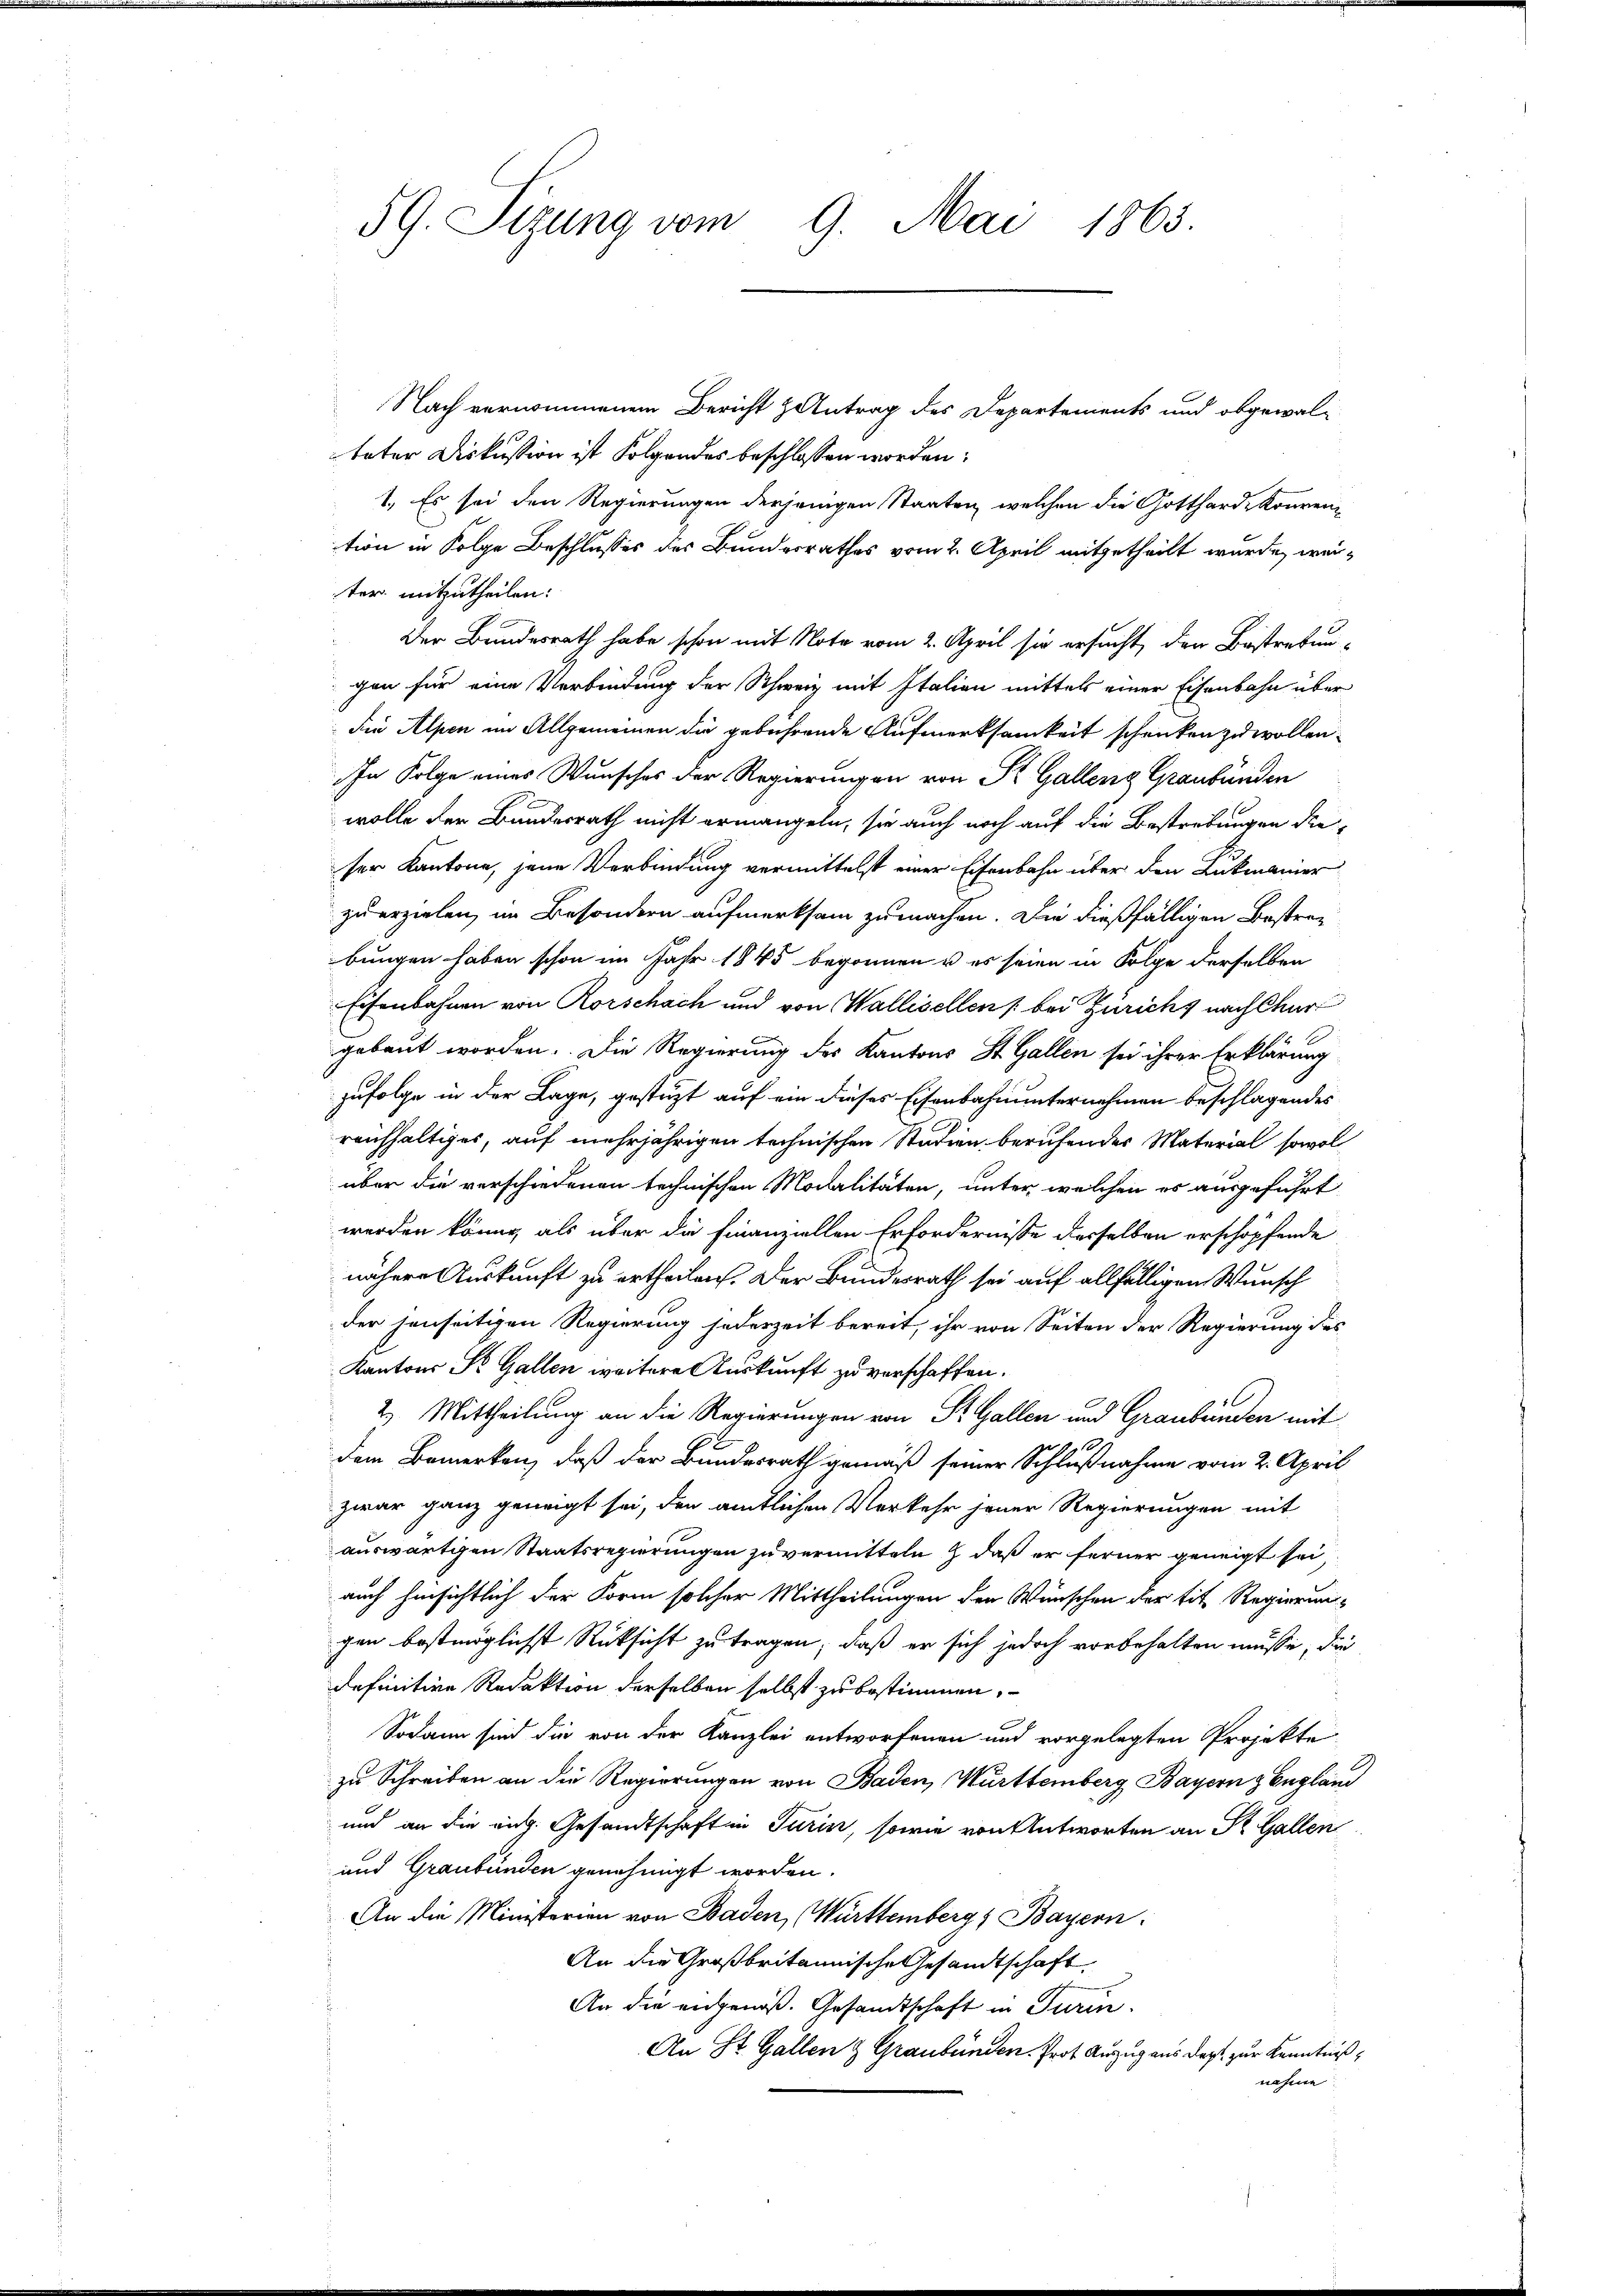
59. Sizung vom 9. Mai 1863.

Nach vernommenem Bericht & Antrag des Departements und obgewal-
tater Diskussion ist Folgendes beschlossen worden:
1. Es sei den Regierungen derjenigen Staaten, welchen die Gotthard konvention in Folge Beschlusses des Bundesrathes vom 2. April mitgetheilt wurde, weiter mitzutheilen:
Der Bundesrath habe schon mit Note vom 2. April sie ersucht, den Bestrebun-
gon für eine Verbindung der Schweiz mit Italien mittels einer Eisenbahn über
die Alpen im Allgemeinen die gebührende Aufmerksamkeit schenken zu wollen.
In Folge eines Wunsches der Regierungen von St. Gallenz Graubünden
wolle den Bundesrath nicht ermangeln, sie auch noch auf die Bestrebungen dieser Kantone, jene Verbindung vermittelst einer Eisenbahn über den Lukmanner
zu erzielen, im Besondern aufmerksam zumachen. Die dießfälligen Bestrabungen haben schon im Jahr 1845 begonnen u es seien in Folge derselben
Eisenbahnen von Rorschach und von Wallisellen   bei Zürichs nach Chur
gebaut worden. Die Regierung des Kantons St. Gallen sei ihrer Erklärung
zufolge in der Lage, gestützt auf ein dieses Eisenbahnunternehmen beschlagendes
reichhaltiges, auf mehrjährigen technischen Studien berufendes Material sowol
über die verschiedenen technischen Modalitäten, unter welchen es ausgeführt
werden könne, als über die Finanziellen Erfordernisse derselben erschöpfende
nähere Auskunft zu ertheilen. Der Bundesrath sei auf allfälligen Wunsch
der jenseitigen Regierung jederzeit bereit, ihr von Seiten der Regierung des
Kantons St. Gallen weitere Auskunft zu verschaffen.
2. Mittheilung an die Regierungen von St. Gallen und Graubünden mit
dem Bemerken, daß der Bundesrath gemäß seiner Schlußnahme vom 2. April
zwar ganz geneigt sei, den amtlichen Verkehr jener Regierungen mit
auswärtigen Staatsregierungen zu vermitteln & daß er ferner geneigt sei,
auch hinsichtlich der Form solcher Mittheilungen den Wünschen der tit. Regierunggen bestmöglichst Rüksicht zu tragen; daß er sich jedoch vorbehalten müsse, die
definitive Redaktion derselben selbst zu bestimmen,
Sodann sind die von der Kanzlei entworfenen und vorgelegten Projekte
zu Schreiben an die Regierungen von Baden, Württemberg Bayern z Engländ
und an die aug. Gesandtschaft in Turin, sowie von Antworten an St. Gallen
und Graubünden genehmigt worden.
An die Ministerien von Baden, Württemberg, Bayern
An die Großbritannische Gesandtschaft
An die angenoß. Gesandtschaft in Turin.
An St. Gallen & Graubünden. Prof. Anzug aus dort zur Kenntniß,
nahme